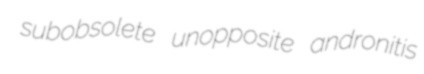
subobsolete unopposite andronitis